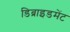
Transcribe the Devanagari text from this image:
डिब्राइडमेंट